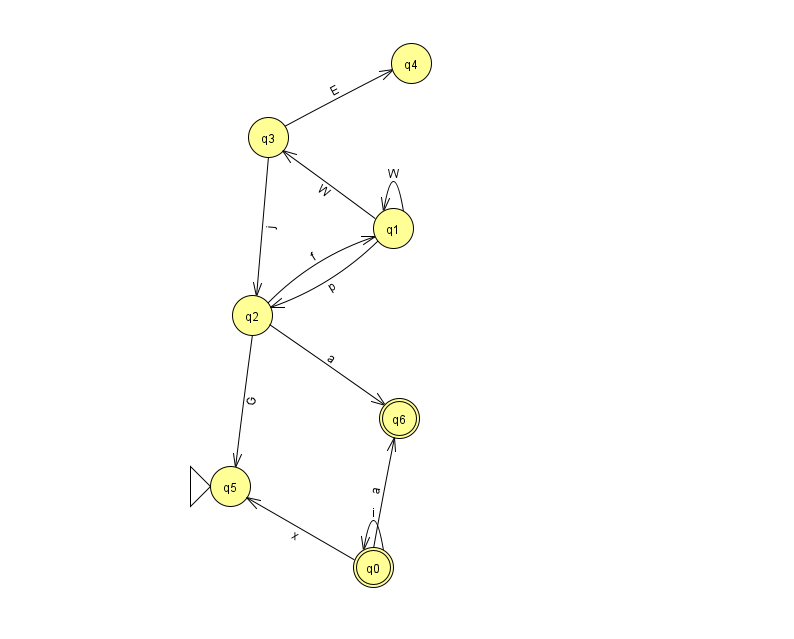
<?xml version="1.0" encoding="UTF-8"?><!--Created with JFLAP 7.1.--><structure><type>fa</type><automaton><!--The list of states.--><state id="0" name="q0"><x>373.0</x><y>554.0</y><final/></state><state id="1" name="q1"><x>393.0</x><y>215.0</y></state><state id="2" name="q2"><x>252.0</x><y>302.0</y></state><state id="3" name="q3"><x>268.0</x><y>124.0</y></state><state id="4" name="q4"><x>411.0</x><y>50.0</y></state><state id="5" name="q5"><x>230.0</x><y>473.0</y><initial/></state><state id="6" name="q6"><x>399.0</x><y>405.0</y><final/></state><!--The list of transitions.--><transition><from>1</from><to>2</to><read>p</read></transition><transition><from>3</from><to>2</to><read>j</read></transition><transition><from>2</from><to>1</to><read>f</read></transition><transition><from>0</from><to>6</to><read>a</read></transition><transition><from>1</from><to>1</to><read>W</read></transition><transition><from>0</from><to>0</to><read>i</read></transition><transition><from>2</from><to>6</to><read>a</read></transition><transition><from>3</from><to>4</to><read>E</read></transition><transition><from>1</from><to>3</to><read>W</read></transition><transition><from>2</from><to>5</to><read>G</read></transition><transition><from>0</from><to>5</to><read>x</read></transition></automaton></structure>